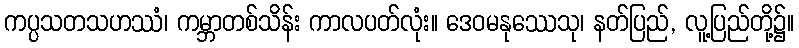
ကပ္ပသတသဟဿံ၊ ကမ္ဘာတစ်သိန်း ကာလပတ်လုံး။ ဒေဝမနုဿေသု၊ နတ်ပြည်, လူ့ပြည်တို့၌။